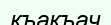
къакъач